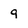
Character: 9